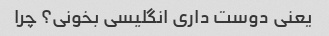
یعنی دوست داری انگلیسی بخونی؟ چرا